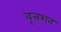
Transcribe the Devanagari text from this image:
वृत्तशत